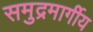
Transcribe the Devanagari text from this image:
समुद्रमार्गीय